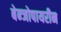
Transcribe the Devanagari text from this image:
बेन्जोपायरीन